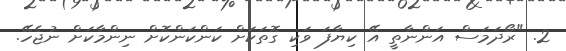
2. "ރޯދަމަސް އަންނާތީ އޭ ކިޔާފަ ވަކި ގޮތަކަށް ކަންކަންކޮށް ނިންމާކަށް ނުޖެހޭ.